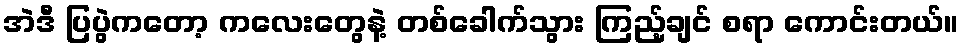
အဲဒီ ပြပွဲကတော့ ကလေးတွေနဲ့ တစ်ခေါက်သွား ကြည့်ချင် စရာ ကောင်းတယ်။